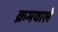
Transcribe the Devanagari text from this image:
क्रमवाले